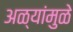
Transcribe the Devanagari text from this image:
अळ्यांमुळे